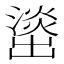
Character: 𰝘